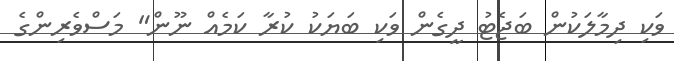
ވަކި ދިމާލަކުން ބަޖެޓު ދީގެން ވަކި ބަޔަކު ކުރާ ކަމެއް ނޫން" މަސްވެރިންގެ